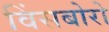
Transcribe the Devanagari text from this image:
विंसबोरो